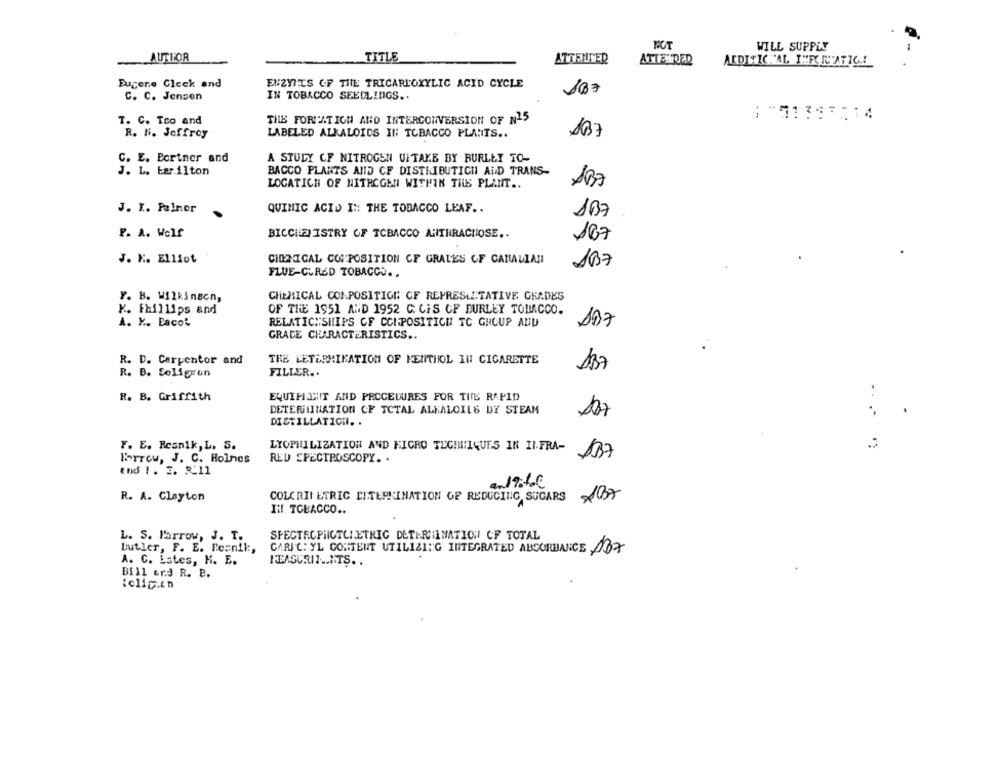
MOT
WILL SUPPLY
AUTHOR
TITLE
ATTENTED
ATTENDED
ACDI TIC 'AL INFCREATIO .!
Fugere Gleck and
ENZYI'TS OF THE TRICARLOXYLIC ACID CYCLE
C. C. Jensen
IN TOBACCO SEEDLINGS ..
--
T. C. Too and
THE FORMATION AND INTERCONVERSION OF N15
R. N. Jeffrey
LABELED ALKALOIDS IN TOBACCO PLANTS ..
137
C. E. Bortner and
A STUDY OF NITROGEN UITAKE BY BURLEY TO-
J. L. barilton
BACCO PLANTS AND CF DISTRIBUTICH AUD TRANS-
LOCATICH OF NITROGEN WITHIN TIUS PLANT ..
J. I. Palmer
QUINIC ACID IN THE TOBACCO LEAF ..
107
F. A. Wolf
BICCHEMISTRY OF TOBACCO AHTHRACHOSE ..
167
J. K. Elliot
CHEMICAL COMPOSITION CF GRALES OF CANALIANI
AB7
FLUE-CURED TOBACCO ..
Y. B. Wilkinson,
CHEMICAL COMPOSITION OF REPRESENTATIVE GRADES
K. Fhillips and
OF THE 1951 AND 1952 C. CES CF DURLEY TOBACCO.
A. Y .. Eaco'
RELATICHSHIPS CF CCHPOSITICH TC GROUP AND
107
GRACE CHARACTERISTICS ..
R. D. Carpentor and
THE LETERMINATION OF MENTHOL IN CIGARETTE
R. B. Soligcon
FILLER ..
137
..
R. B. Griffith
EQUIPESIT AND PROCEDURES FOR THE RAPID
DETERMINATION OF TOTAL ALKALOILS DY STEAM
DISTILLATICH. .
F. E. Resnik, L. S.
LYOPHILIZATION AND NIGRO TECHNIQUES IN II FRA-
137
Borrow, J. C. Holmes
RED SPECTROSCOPY. .
thd 1 . 2. R_11
R. A. Clayton
COLCRIT ETRIC CITEPKINATION OF REDUCING SUGARS AB7
137
IN TOBACCO ..
L. S. Parrow, J. T.
SPECTACPHICTCLETHIC DETERMINATION OF TOTAL
Butler, F. E. Peanik,
CARIC: YL CONTENT UTILIZING INTEGRATED ABSORBANCE 187
A. C. Estes, H. E.
MEASURIL .. ITS.
Bill ord R. B.
folic.cn